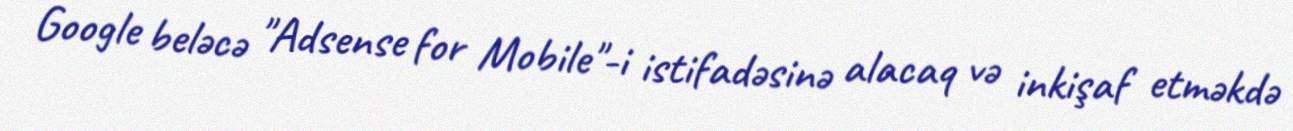
Google beləcə "Adsense for Mobile"-i istifadəsinə alacaq və inkişaf etməkdə